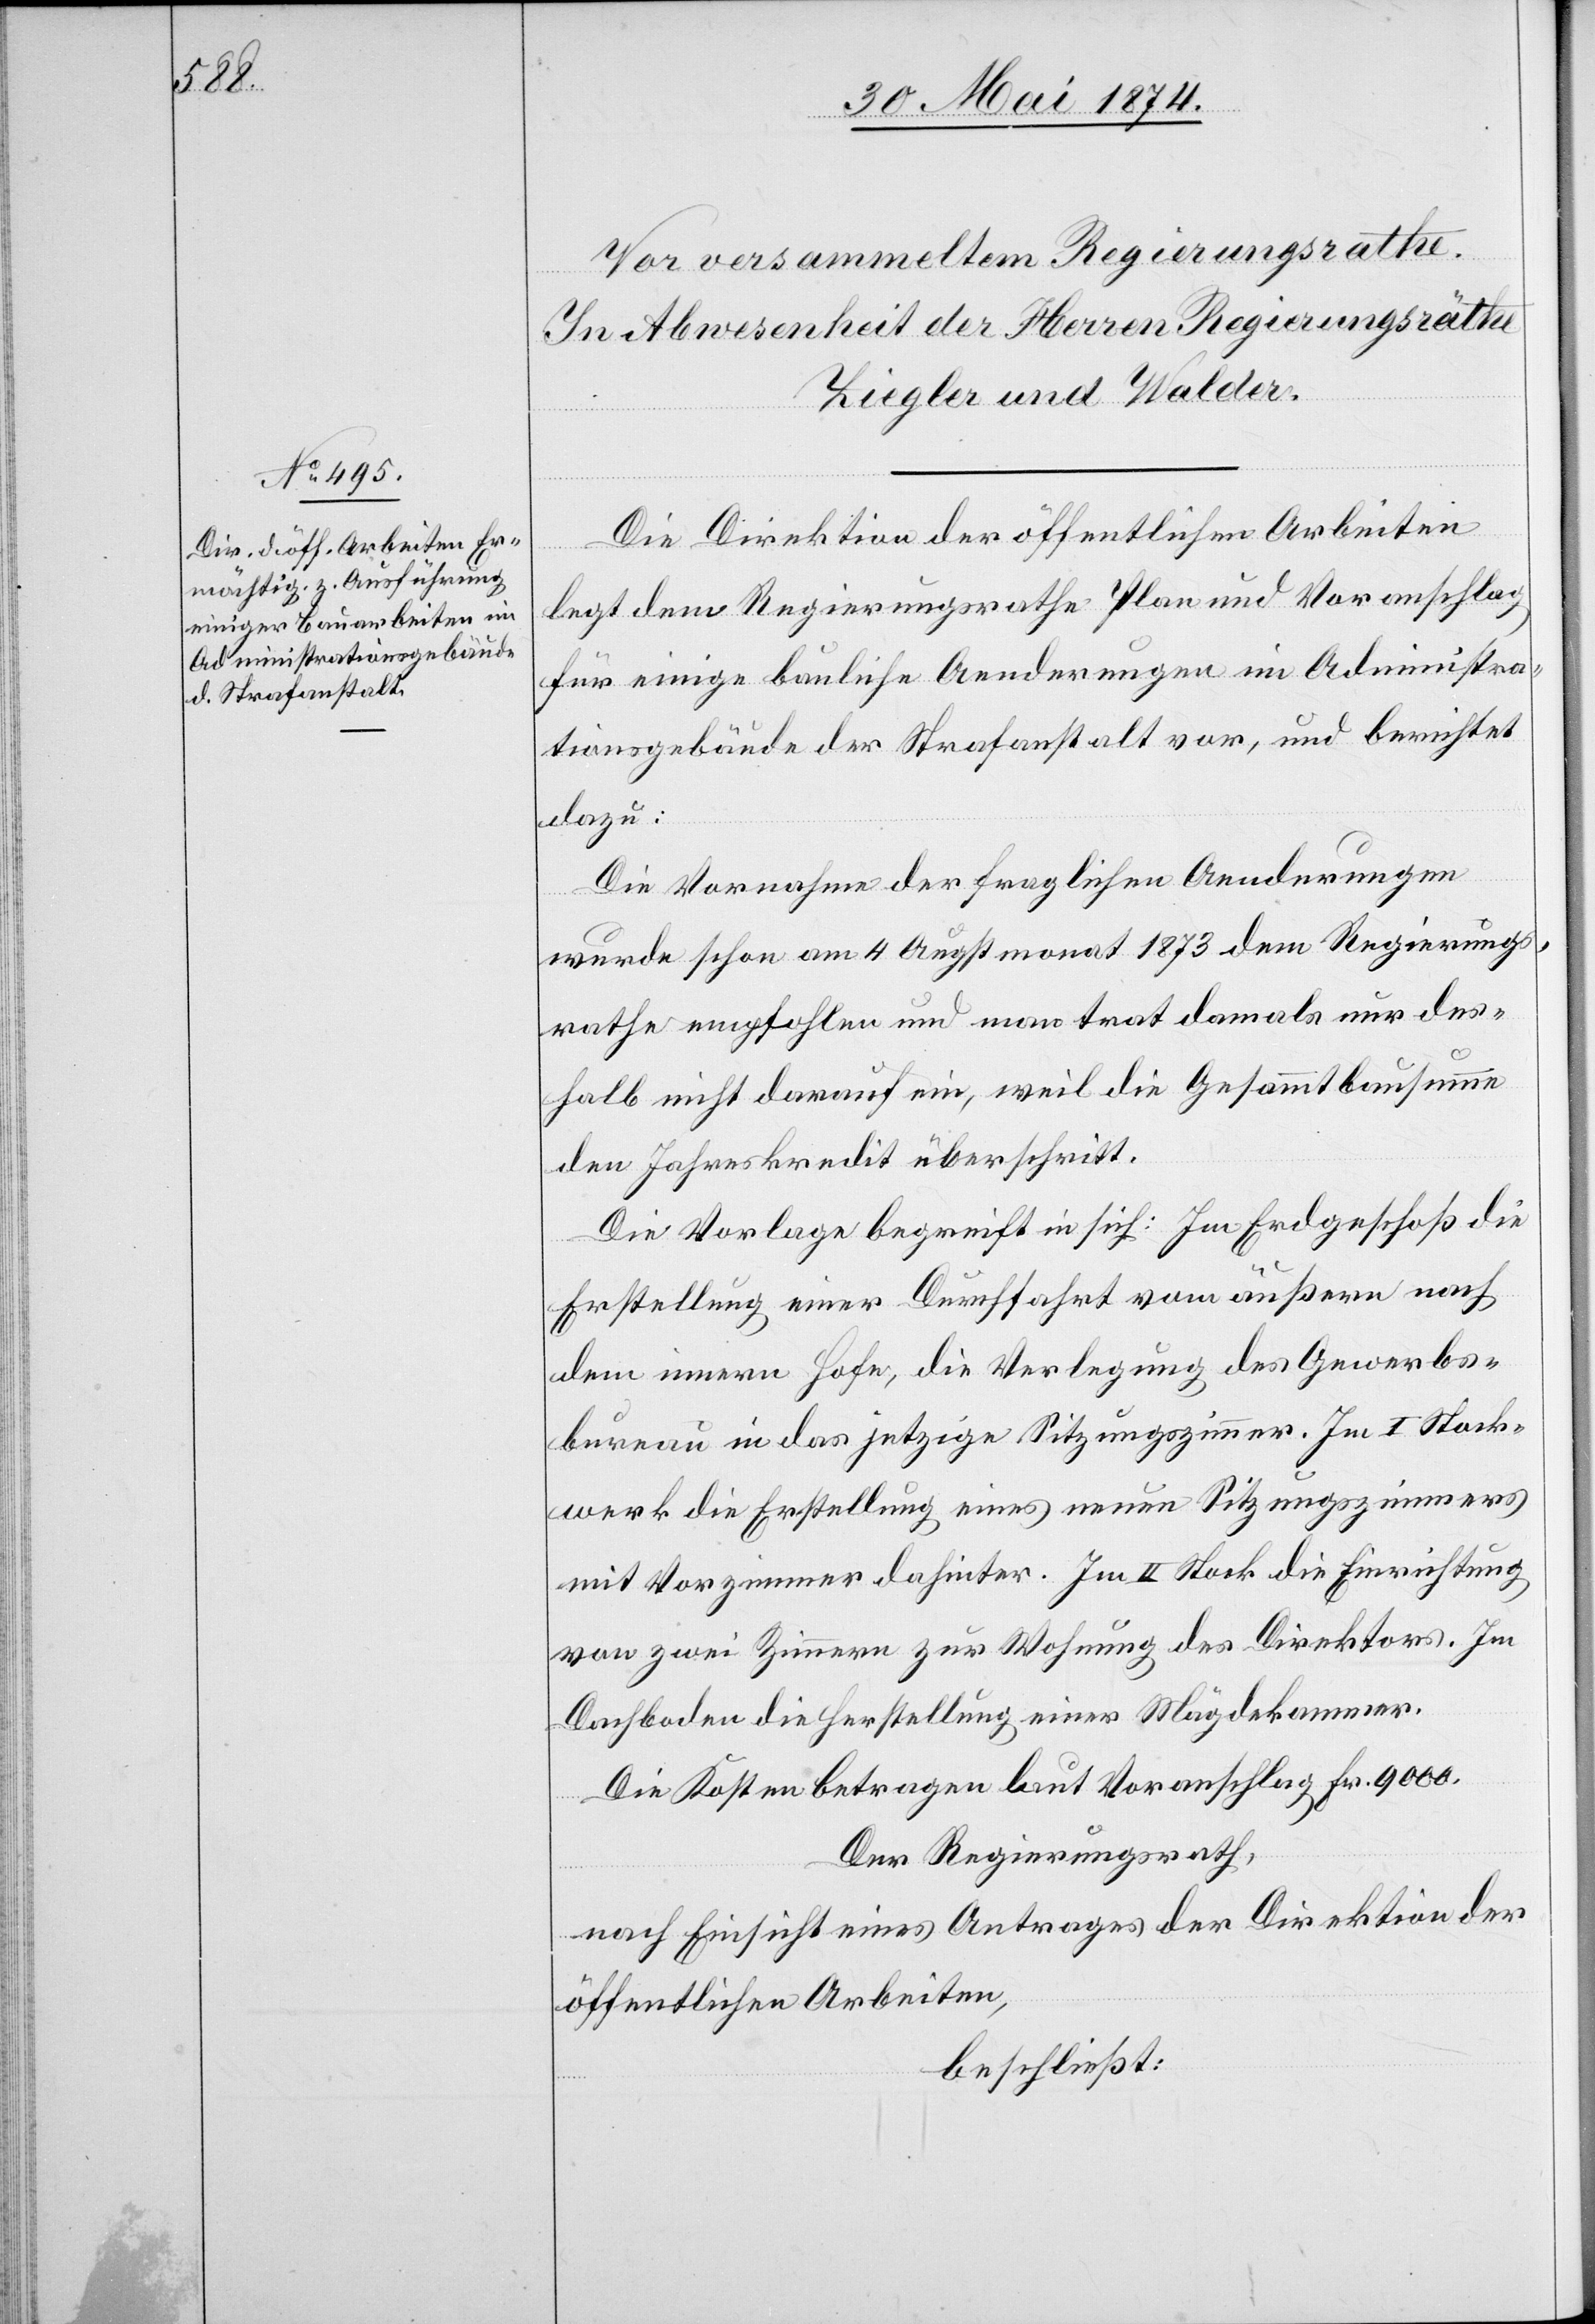
Die Direktion der öffentlichen Arbeiten
legt dem Regierungsrathe Plan und Voranschlag
für einige bauliche Aenderungen im Administra¬
tionsgebäude der Strafanstalt vor, und berichtet
dazu:
Die Vornahme der fraglichen Aenderungen
wurde schon am 4. Augstmonat 1873 dem Regierungs¬
rathe empfohlen und man trat damals nur des¬
halb nicht darauf ein, weil die Gesammtbausumme
den Jahreskredit überschritt.
Die Vorlage begreift in sich: Im Erdgeschoß die
Erstellung einer Durchfahrt vom äußern nach
dem innern Hofe, die Verlegung des Gewerbs¬
bureau in das jetzige Sitzungszimmer. Im I. Stock¬
werk die Erstellung eines neuen Sitzungszimmers
mit Vorzimmer dahinter. Im II. Stock die Einrichtung
von zwei Zimmern zur Wohnung des Direktors. Im
Dachboden die Herstellung einer Mägdekammer.
Die Kosten betragen laut Voranschlag Fr. 9000.
Der Regierungsrath,
nach Einsicht eines Antrages der Direktion der
öffentlichen Arbeiten,
beschließt: